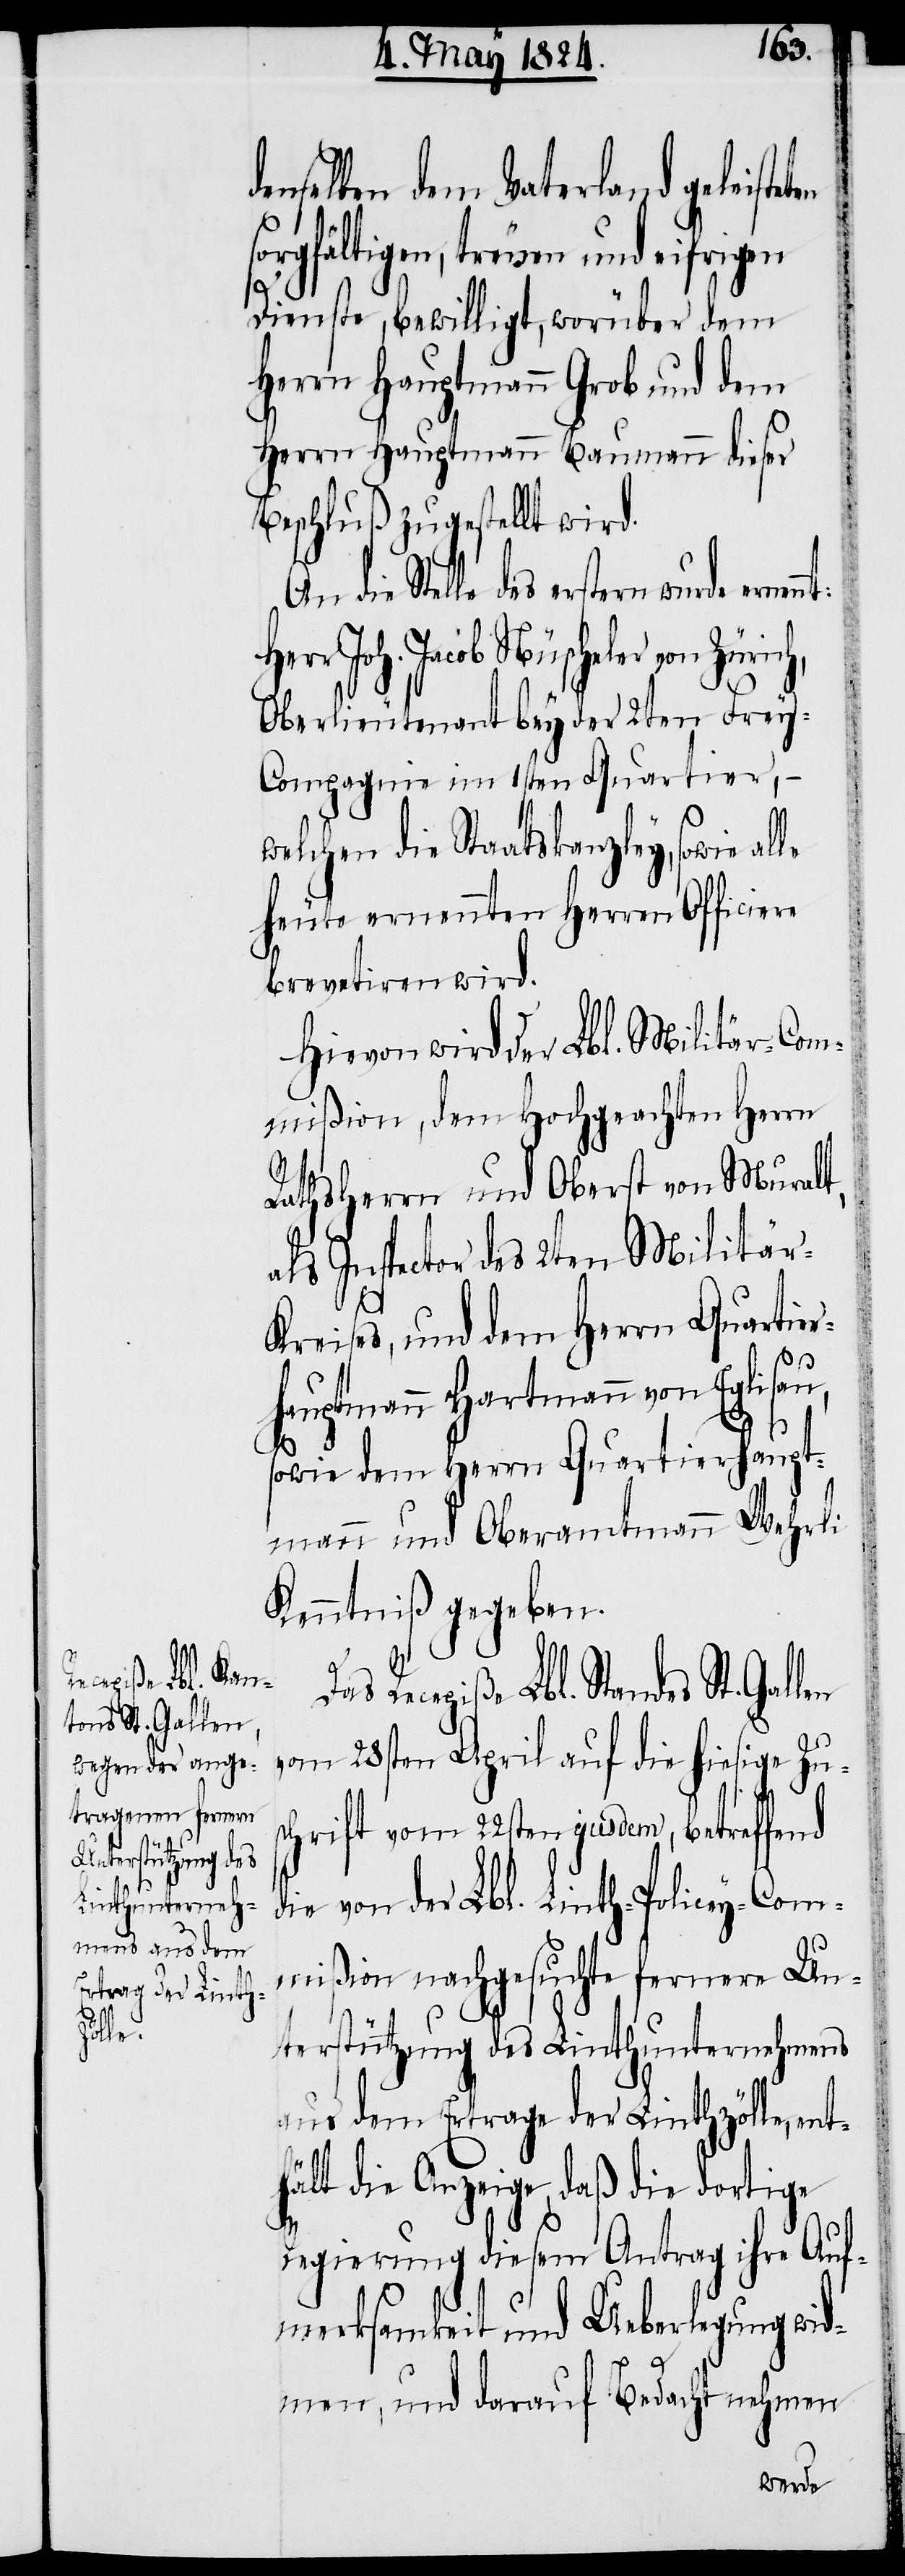
denselben dem Vaterland geleiste¬
sorgfältigen, treuen und eifrigen
Dienste, bewilligt, worüber dem
Herrn Hauptmann Grob und dem
Herrn Hauptmann Baumann dieser
Beschluß zugestellt wird.
An die Stelle des erstern wurde
r Joh. Jacob Nüscheler von
Oberlieutenant bey der 2ten Frey¬
compagnie im 1sten Quartier,
welchen die Staatskanzley, sowie
heute ernennten Herren Officiere
brevetiren wird.
Hievon wird der Lbl. Militär-Com¬
mißion, dem Hochgeachten Herrn
R¬
Rathsherrn und Oberst von Muralt,
als Inspector des 2ten Militär-K¬
reises, und dem Herrn Quartier¬
hauptmann Hartmann von Eglisau,
sowie dem Herrn Quartierhaupt¬
mann und Oberamtmann Wehrli
Kenntniß gegeben.
ecepiße Lbl. Stan¬
des St. Gallen
vom 28sten April auf die hiesige Zus¬
chrift vom 22sten ejusdem, betreffend
die von der Lbl. Linth-Policey-Com¬
mißion nachgesuchte fernere Un¬
nt¬
alle
terstützung des Linthunternehmens
aus dem Ertrage der Linthzölle, e¬
hält die Anzeige, daß die dortige
Regierung diesem Antrag ihre Auf¬
merksamkeit und Ueberlegung wid¬
men, und darauf Bedacht nehmen